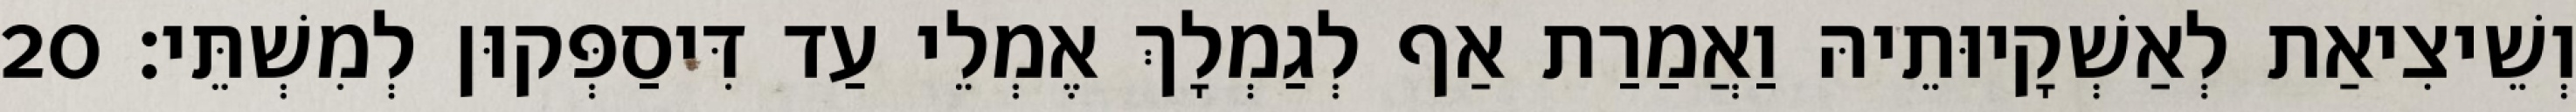
וְשֵׁיצִיאַת לְאַשְׁקָיוּתֵיהּ וַאֲמַרַת אַף לְגַמְלָךְ אֶמְלֵי עַד דִּיסַפְּקוּן לְמִשְׁתֵּי׃ 20